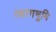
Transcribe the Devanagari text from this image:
त्यागभूमि